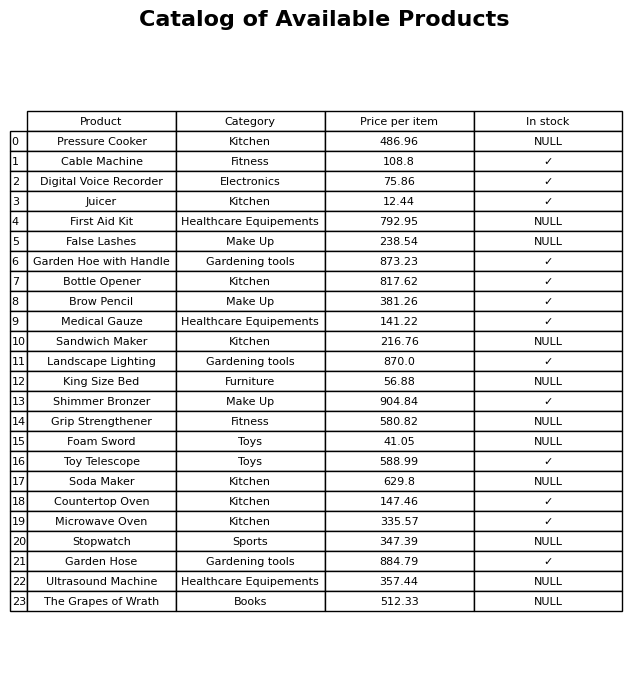
question: What is the price for First Aid Kit?
answer: The price of First Aid Kit is 792.95.